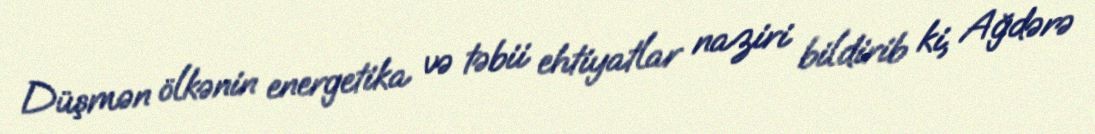
Düşmən ölkənin energetika və təbii ehtiyatlar naziri bildirib ki, Ağdərə